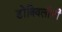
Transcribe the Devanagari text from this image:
डोंबिवलीची